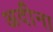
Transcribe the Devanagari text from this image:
अदीना